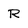
Character: R